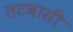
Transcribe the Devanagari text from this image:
तटवासी